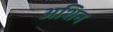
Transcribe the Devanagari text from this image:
अशिन